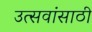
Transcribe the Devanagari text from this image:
उत्सवांसाठी